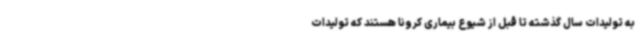
به تولیدات سال گذشته تا قبل از شیوع بیماری کرونا هستند که تولیدات